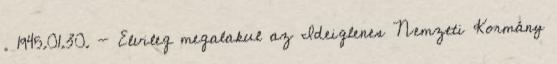
. 1945.01.30. - Elvileg megalakul az Ideiglenes Nemzeti Kormány